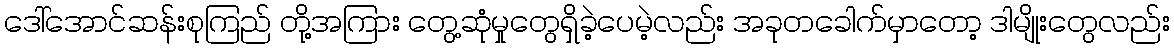
ဒေါ်အောင်ဆန်းစုကြည် တို့အကြား တွေ့ဆုံမှုတွေရှိခဲ့ပေမဲ့လည်း အခုတခေါက်မှာတော့ ဒါမျိုးတွေလည်း